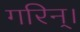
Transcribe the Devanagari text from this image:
गरिन्।